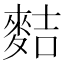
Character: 𪌧